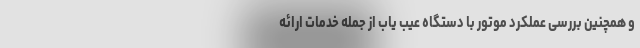
و همچنین بررسی عملکرد موتور با دستگاه عیب یاب از جمله خدمات ارائه